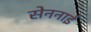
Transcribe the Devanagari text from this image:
सेननाई